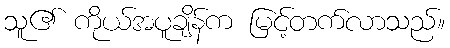
သူ၏ ကိုယ်အပူချိန်က မြင့်တက်လာသည်။